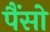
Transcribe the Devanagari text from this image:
पैंसो